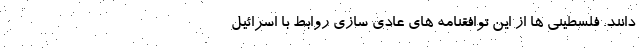
دانند. فلسطینی ها از این توافقنامه های عادی سازی روابط با اسرائیل